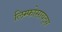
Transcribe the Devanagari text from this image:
लिम्फोसायट्स